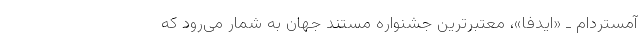
آمستردام ـ «ایدفا»، معتبرترین جشنواره مستند جهان به شمار می‌رود که